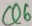
Text: Q6